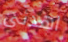
اهدئى